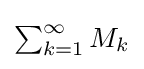
{\textstyle \sum _{k=1}^{\infty }M_{k}}